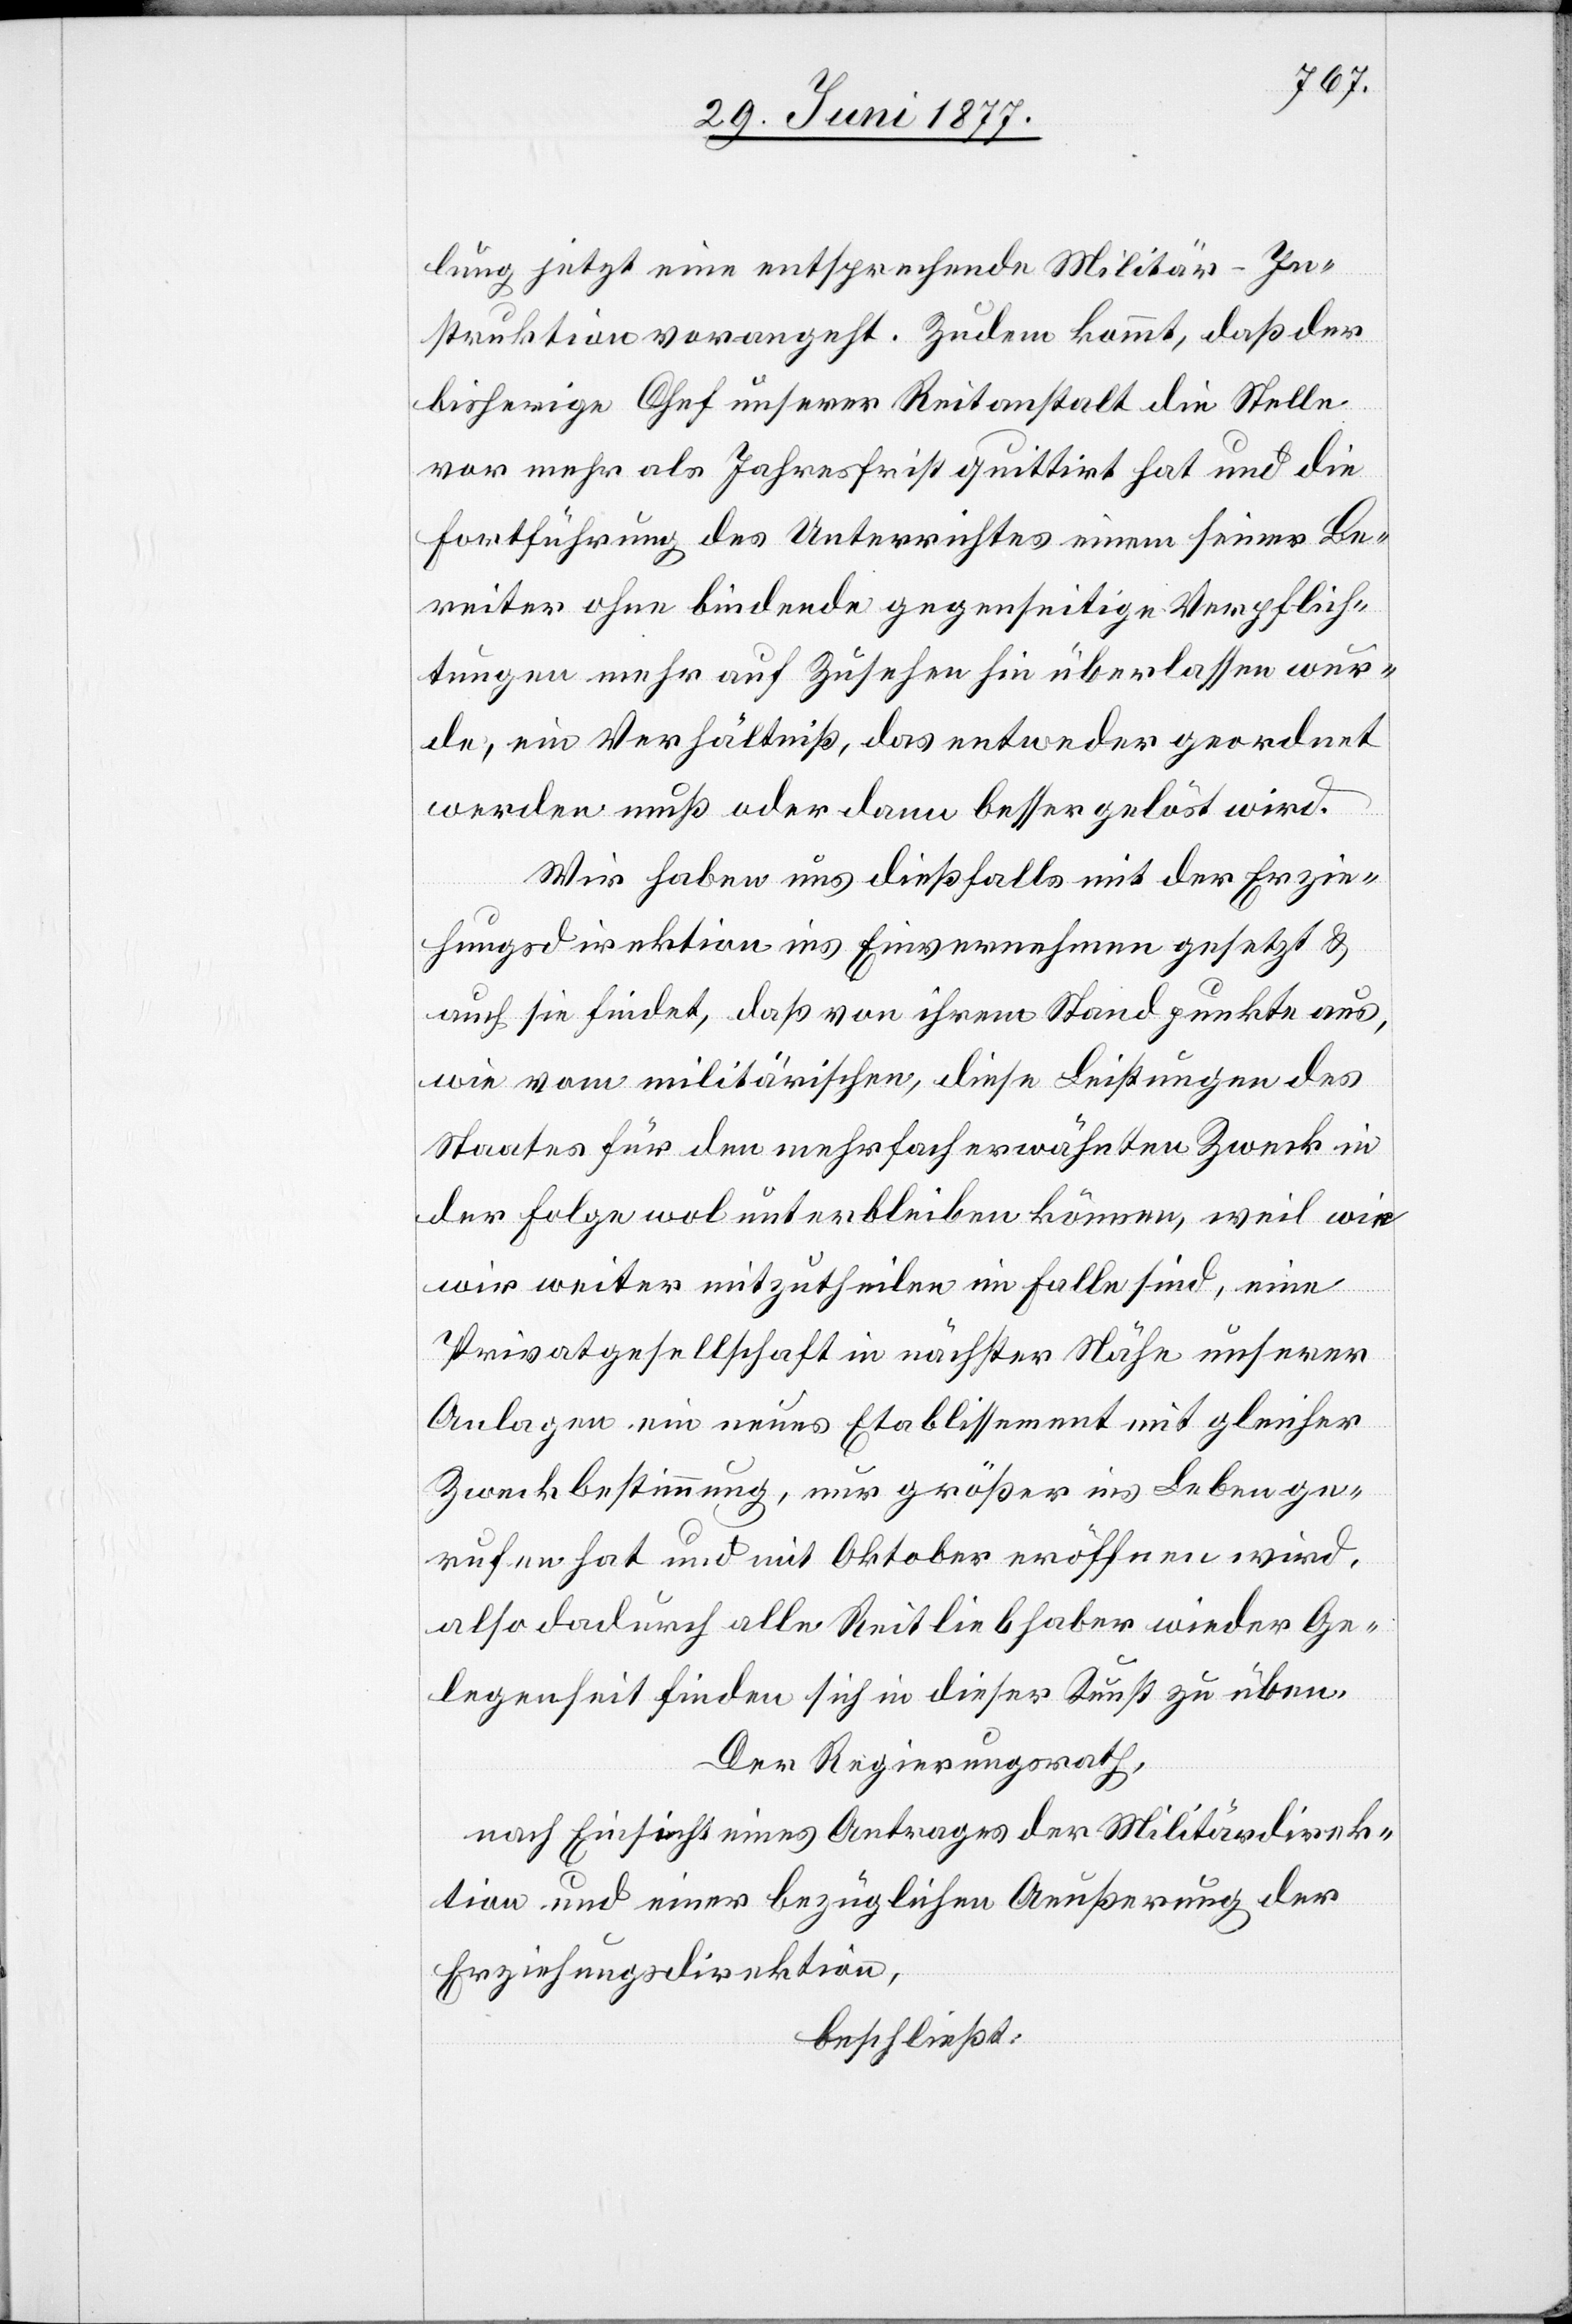
lung jetzt eine entsprechende Militär-In¬
struktion vorangeht. Zu dem kommt, daß der
bisherige Chef unserer Reitanstalt die Stelle
vor mehr als Jahresfrist quittirt hat und die
Fortführung des Unterrichtes einem seiner Be¬
reiter ohne bindende gegenseitige Verpflich¬
tungen mehr auf Zusehen hin überlassen wur¬
de, ein Verhältniß, das entweder geordnet
werden muß oder dann besser gelöst wird.
Wir haben uns dießfalls mit der Erzie¬
hungsdirektion ins Einvernehmen gesetzt &
auch sie findet, daß von ihrem Standpunkte aus,
wie vom militärischen, diese Leistungen des
Staates für den mehrfacherwähnten Zweck in
der Folge wol unterbleiben können weil wie
wir weiter mitzutheilen im Falle sind, eine
Privatgesellschaft in nächster Nähe unserer
Anlagen ein neues Etablissement mit gleicher
Zweckbestimmung, nur größer ins Leben ge¬
rufen hat und mit Oktober eröffnen wird,
also dadurch alle Reitliebhaber wieder Ge¬
legenheit finden sich in dieser Kunst zu üben.
Der Regierungsrath,
nach Einsicht eines Antrages der Militärdirek¬
tion und einer bezüglichen Aeußerung der
Erziehungsdirektion,
beschließt: